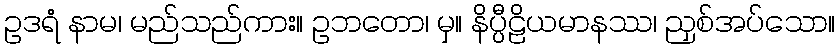
ဥဒရံ နာမ၊ မည်သည်ကား။ ဥဘတော၊ မှ။ နိပ္ပီဠိယမာနဿ၊ ညှစ်အပ်သော။